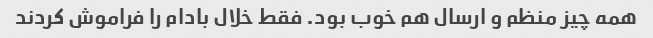
همه چیز منظم و ارسال هم خوب بود. فقط خلال بادام را فراموش کردند